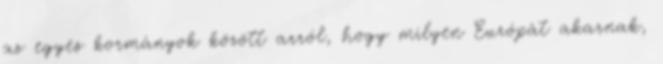
az egyes kormányok között arról, hogy milyen Európát akarnak,